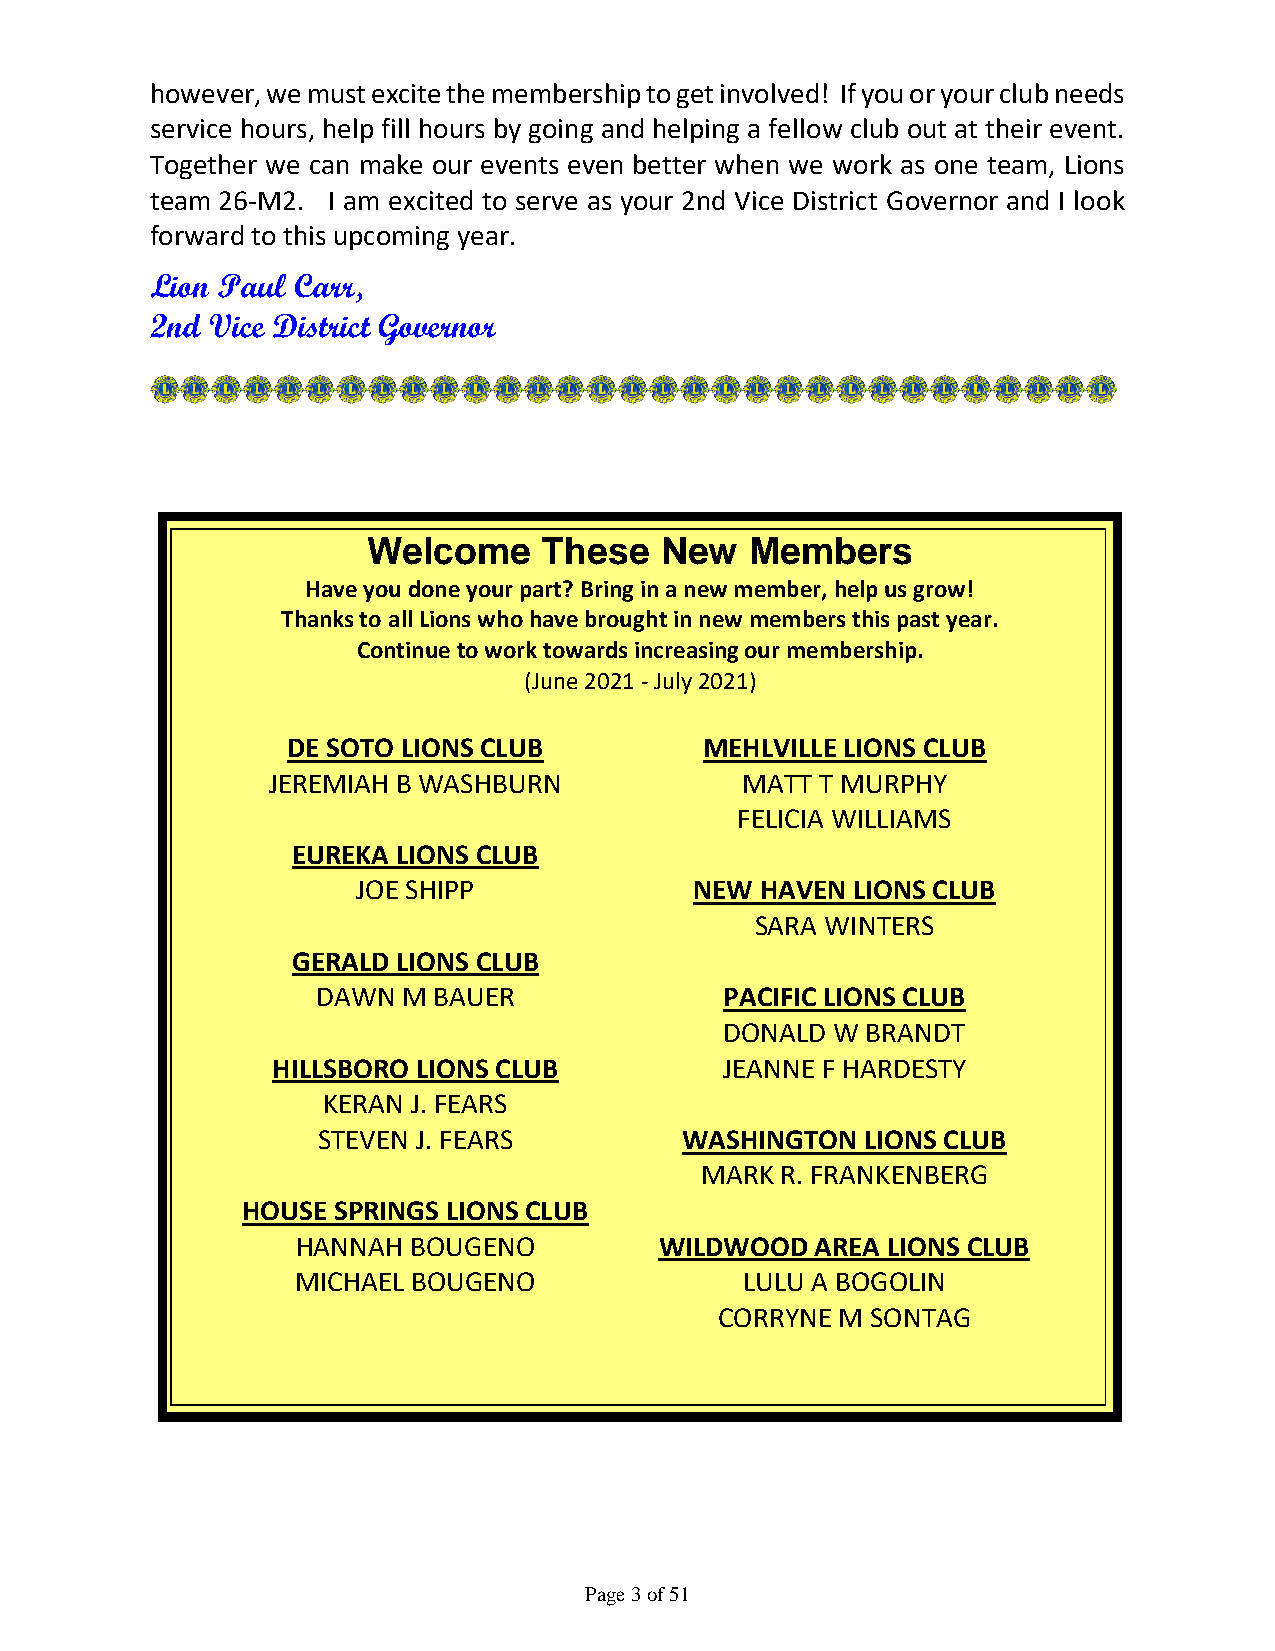
however, we must excite the membership to get involved! If you or your club needs
 service hours, help fill hours by going and helping a fellow club out at their event.
 Together we can make our events even better when we work as one team, Lions
 team 26-M2. I am excited to serve as your 2nd Vice District Governor and I look
 forward to this upcoming year.
 Lion Paul Carr,
 2nd Vice District Governor
 Welcome     These   New   Members
 Have you done your part? Bring in a new member, help us grow!
 Thanks to all Lions who have brought in new members this past year.
 Continue to work towards increasing our membership.
 (June 2021 - July 2021)
 DE SOTO LIONS CLUB          MEHLVILLE LIONS CLUB
 JEREMIAH B WASHBURN            MATT T MURPHY
 FELICIA WILLIAMS
 EUREKA LIONS CLUB
 JOE SHIPP             NEW HAVEN LIONS CLUB
 SARA WINTERS
 GERALD LIONS CLUB
 DAWN  M BAUER              PACIFIC LIONS CLUB
 DONALD W BRANDT
 HILLSBORO LIONS CLUB          JEANNE F HARDESTY
 KERAN J. FEARS
 STEVEN J. FEARS         WASHINGTON  LIONS CLUB
 MARK  R. FRANKENBERG
 HOUSE SPRINGS LIONS CLUB
 HANNAH BOUGENO          WILDWOOD  AREA LIONS CLUB
 MICHAEL BOUGENO              LULU A BOGOLIN
 CORRYNE M SONTAG
 Page 3 of 51